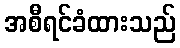
အစီရင်ခံထားသည်